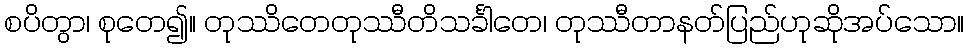
စပိတွာ၊ စုတေ၍။ တုဿိတေတုဿီတိသင်္ခါတေ၊ တုဿီတာနတ်ပြည်ဟုဆိုအပ်သော။